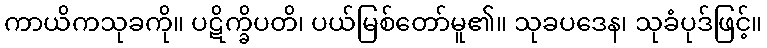
ကာယိကသုခကို။ ပဋိက္ခိပတိ၊ ပယ်မြစ်တော်မူ၏။ သုခပဒေန၊ သုခံပုဒ်ဖြင့်။